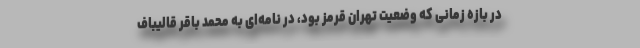
در بازه زمانی که وضعیت تهران قرمز بود، در نامه‌ای به محمد باقر قالیباف